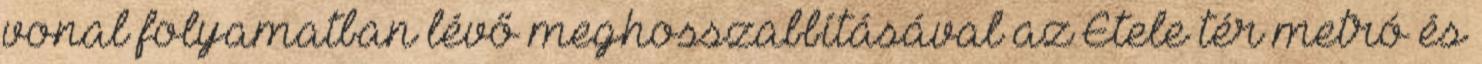
vonal folyamatban lévő meghosszabbításával az Etele tér metró és